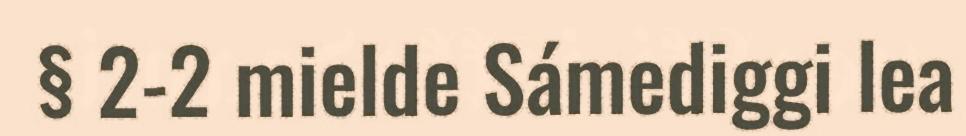
§ 2-2 mielde Sámediggi lea